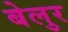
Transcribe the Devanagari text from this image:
बेलुर